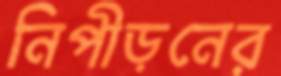
নিপীড়নের